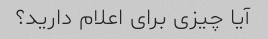
آیا چیزی برای اعلام دارید؟